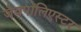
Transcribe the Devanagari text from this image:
जैवपॉलिएस्टर